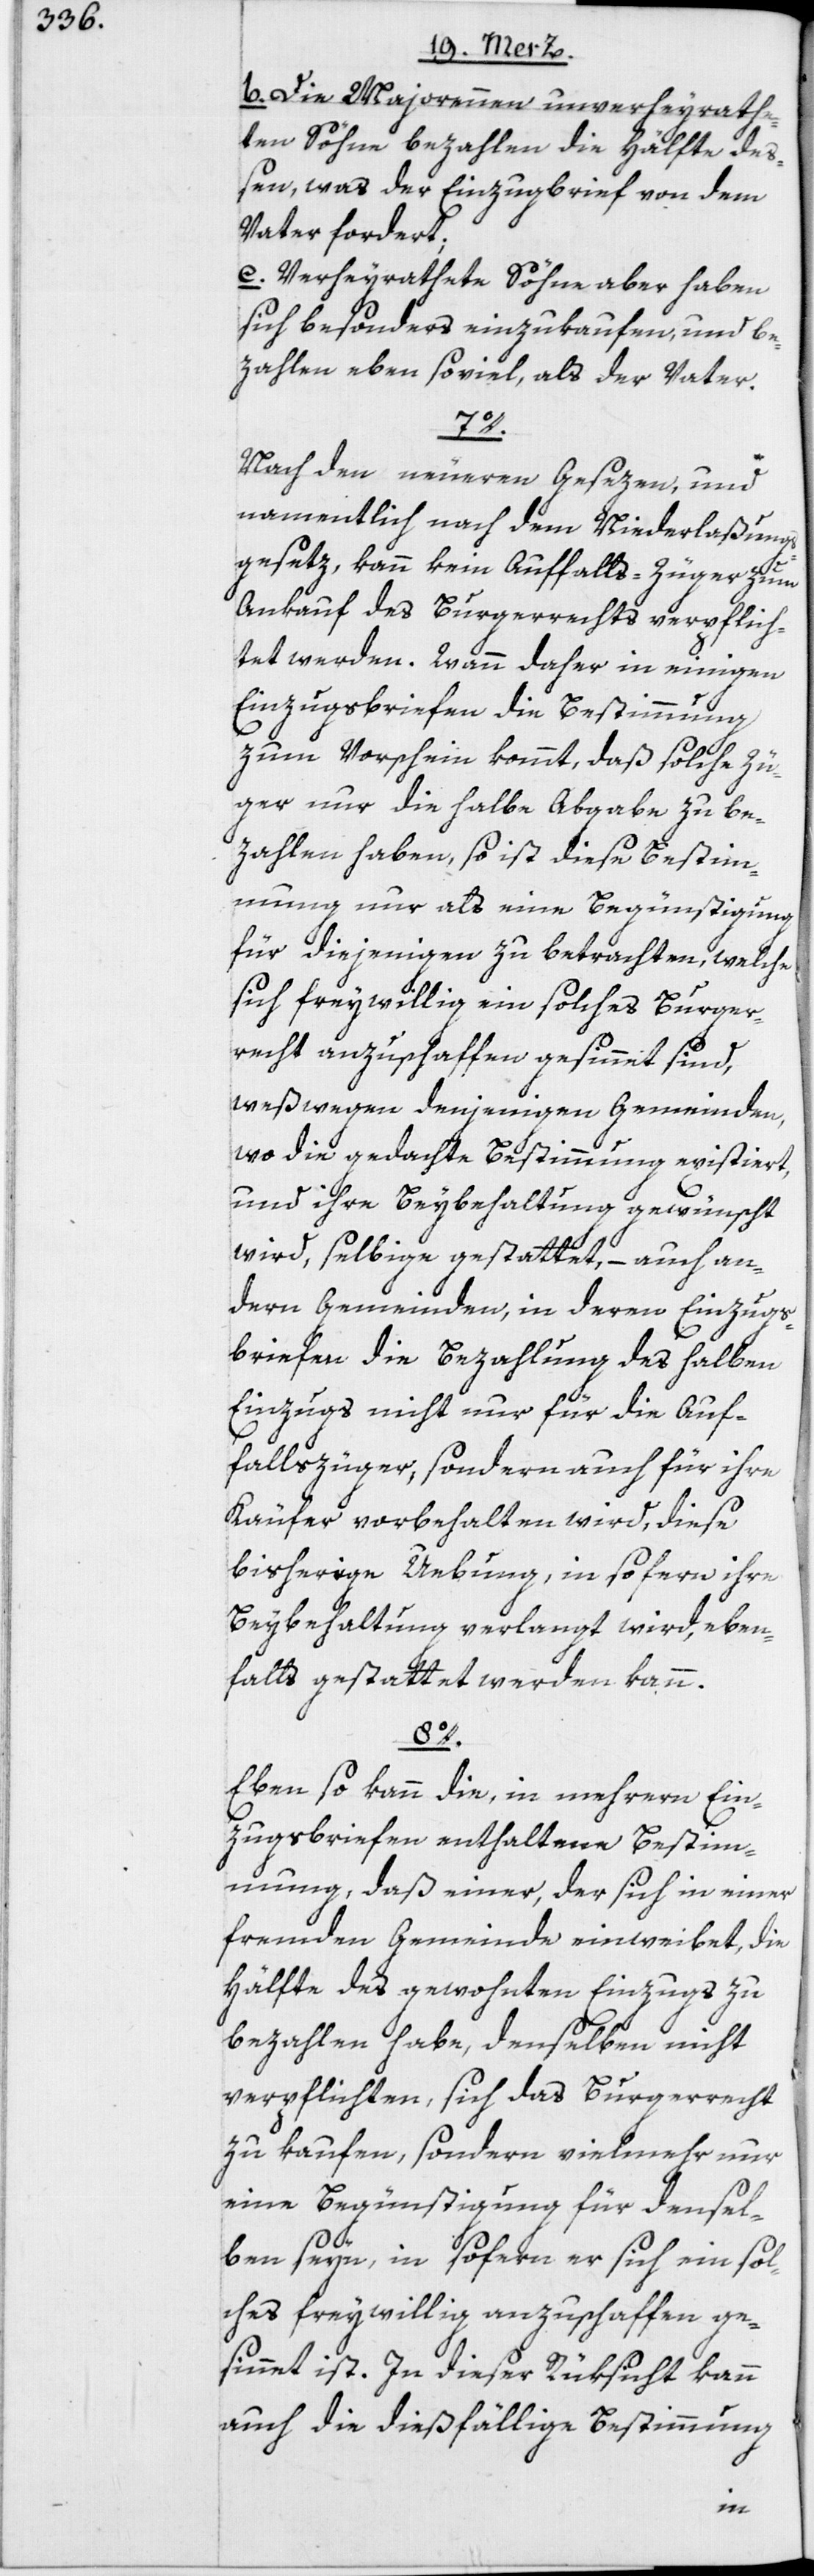
b. Die Majorennen unverheyrathe¬
ten Söhne bezahlen die Hälfte de¬
ßen, was der Einzugbrief von dem
Vater fordert;
c. Verheyrathete Söhne aber haben
sich besonders einzukaufen, und be¬
zahlen eben soviel, als der Vater.
Nach den neueren Gesezen, und
namentlich nach dem Niederlaßungs¬
gesetz, kann kein Auffalls-Züger zum
Ankauf des Burgerrechts verpflich¬
tet werden. Wann daher in einigen
Einzugsbriefen die Bestimmung
zum Vorschein kommt, daß solche Zü¬
ger nur die halbe Abgabe zu be¬
zahlen haben, so ist diese Bestim¬
mung nur als eine Begünstigung
für diejenigen zu betrachten, welche
sich freywillig ein solches Burger¬
recht anzuschaffen gesinnet sind,
weßwegen denjenigen Gemeinden,
wo die gedachte Bestimmung existiert,
und ihre Beybehaltung gewünscht
wird, selbige gestattet, – auch an¬
dern Gemeinden, in deren Einzugs¬
briefen die Bezahlung des halben
Einzugs nicht nur für die Auf¬
fallszüger, sondern auch für ihre
Käufer vorbehalten wird, diese
bisherige Uebung, in sofern ihre
Beybehaltung verlangt wird, eben¬
falls gestattet werden kann.
8o.
Eben so kann die, in mehrern Ein¬
zugsbriefen enthaltene Bestim¬
mung, daß einer, der sich in einer
fremden Gemeinde einweibet, die
Hälfte des gewohnten Einzugs zu
bezahlen habe, denselben nicht
verpflichten, sich das Burgerrecht
zu kaufen, sondern vielmehr nur
eine Begünstigung für densel¬
ben seyn, in sofern er sich ein sol¬
ches freywillig anzuschaffen ge¬
sinnet ist. In dieser Rüksicht kann
auch die dießfällige Bestimmung